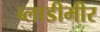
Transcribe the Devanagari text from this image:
ब्लाडीमीर